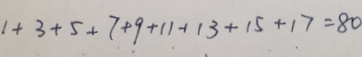
1 + 3 + 5 + 7 + 9 + 1 1 + 1 3 + 1 5 + 1 7 = 8 0